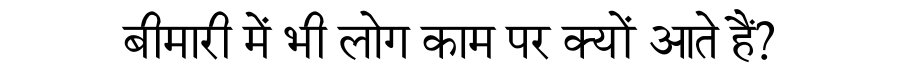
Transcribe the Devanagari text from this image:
बीमारी में भी लोग काम पर क्यों आते हैं?